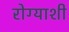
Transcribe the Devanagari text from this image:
रोग्याशी